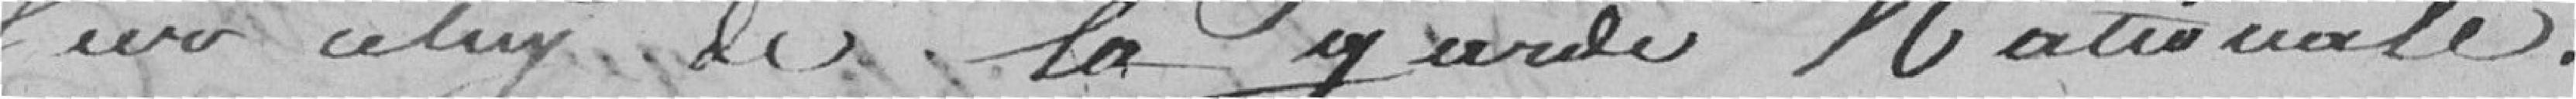
sera celuy de la garde Nationale.